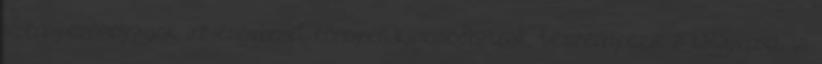
szennyezőanyagok az esővízzel könnyen kimosódhatnak, beszennyezik a talajvizet is